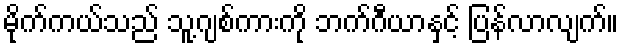
မိုက်ကယ်သည် သူ့ဂျစ်ကားကို ဘက်ဂီယာနှင့် ပြန်လာလျက်။